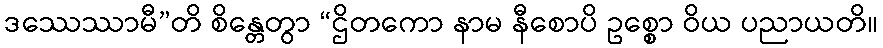
ဒဿေဿာမီ”တိ စိန္တေတွာ “ဌိတကော နာမ နီစောပိ ဥစ္စော ဝိယ ပညာယတိ။